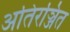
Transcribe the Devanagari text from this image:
अतिरञ्जित